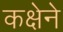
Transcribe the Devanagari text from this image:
कक्षेने